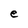
Character: e